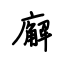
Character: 廨